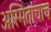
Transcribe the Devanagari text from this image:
अस्मितांचाच